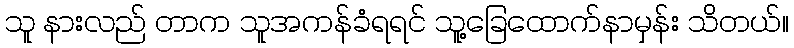
သူ နားလည် တာက သူအကန်ခံရရင် သူ့ခြေထောက်နာမှန်း သိတယ်။